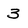
Character: 3